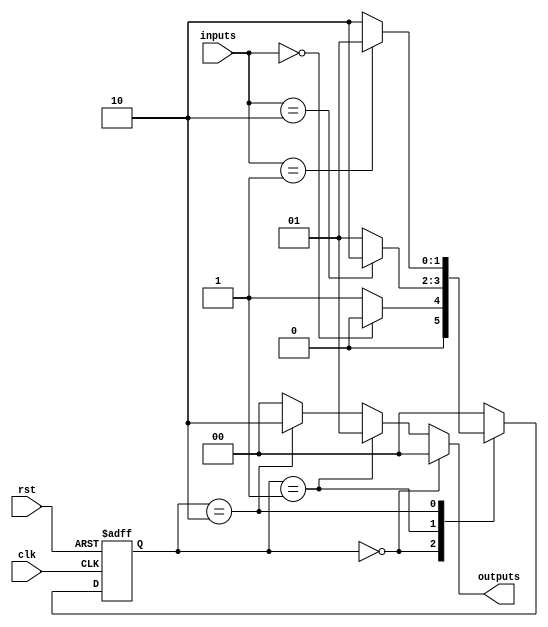
module fsm (
    input wire clk,
    input wire rst,
    input wire [1:0] inputs,
    output wire [1:0] outputs
);

// State register
reg [1:0] state_reg;
// Next state logic
always @ (posedge clk or posedge rst) begin
    if (rst) begin
        state_reg <= 2'b00; // Initial state
    end else begin
        case (state_reg)
            2'b00: state_reg <= (inputs == 2'b00) ? 2'b00 : 2'b01;
            2'b01: state_reg <= (inputs == 2'b10) ? 2'b10 : 2'b01;
            2'b10: state_reg <= (inputs == 2'b01) ? 2'b01 : 2'b10;
            default: state_reg <= 2'b00;
        endcase
    end
end

// Output logic
assign outputs = (state_reg == 2'b00) ? 2'b00 : 
                (state_reg == 2'b01) ? 2'b01 : 
                (state_reg == 2'b10) ? 2'b10 : 2'b00;

endmodule